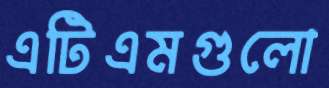
এটিএমগুলো